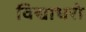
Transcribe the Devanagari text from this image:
विद्याधरो